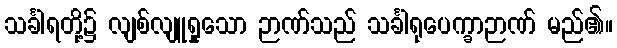
သင်္ခါရတို့၌ လျစ်လျူရှုသော ဉာဏ်သည် သင်္ခါရုပေက္ခာဉာဏ် မည်၏။